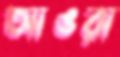
আঙরা